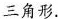
三角形.